Preliminary report on a parasite found in persons suffering from enlargement of the spleen in India - Number 8
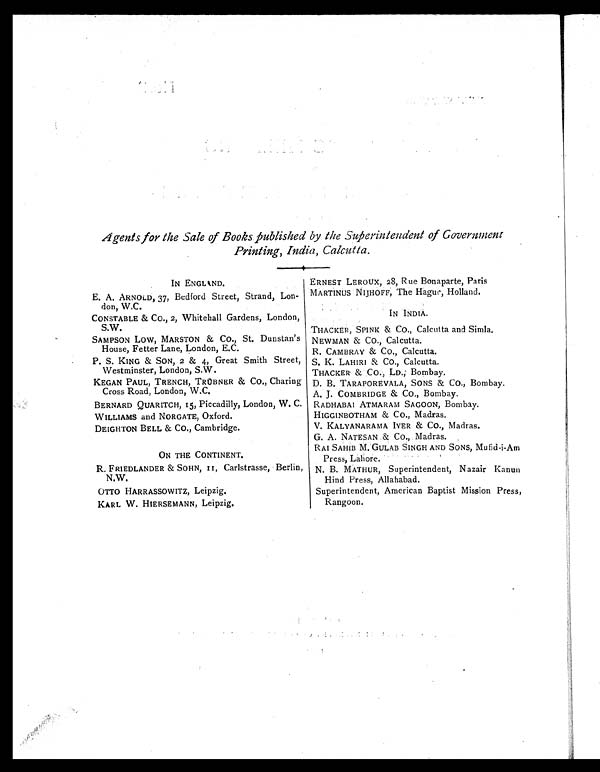
Agents for the Sale of Books published by the Superintendent of Government
Printing, India, Calcutta.
IN ENGLAND.
E. A. ARNOLD, 37, Bedford Street, Strand, Lon-
don, W.C.
CONSTABLE & Co., 2, Whitehall Gardens, London,
S.W.
SAMPSON LOW, MARSTON & Co., St. Dunstan's
House, Fetter Lane, London, E.C.
P. S. KING & SON, 2 & 4, Great Smith Street,
Westminster, London, S.W.
KEGAN PAUL, TRENCH, TRÜBNER & CO., Charing
Cross Road, London, W.C.
BERNARD QUARITCH, 15, Piccadilly, London, W. C.
WILLIAMS and NORGATE, Oxford.
DEIGHTON BELL & CO., Cambridge.
ON THE CONTINENT.
R. FRIEDLANDER & SOHN, II, Carlstrasse, Berlin,
N.W.
OTTO HARRASSOWITZ, Leipzig.
KARL W. HIERSEMANN, Leipzig.
ERNEST LEROUX, 28, Rue Bonaparte, Paris
MARTINUS NIJHOFF, The Hague, Holland.
IN INDIA.
THACKER, SPINK & Co., Calcutta and Simla.
NEWMAN & CO., Calcutta.
R. CAMBRAY & Co., Calcutta.
S. K. LAHIRI & CO., Calcutta.
THACKER & Co., LD., Bombay.
D. B. TARAPOREVALA, SONS & Co., Bombay.
A. J. COMBRIDGE & Co., Bombay.
RADHABAI ATMARAM SAGOON, Bombay.
HIGGINBOTHAM & CO., Madras.
V. KALYANARAMA IYER & Co., Madras.
G. A. NATESAN & Co., Madras.
RAI SAHIB M. GULAB SINGH AND SONS, Mufid-i-Am
Press, Lahore.
N. B. MATHUR, Superintendent, Nazair Kanun
Hind Press, Allahabad.
Superintendent, American Baptist Mission Press,
Rangoon.